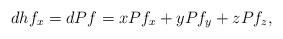
LaTeX: \begin{align*}dhf_x=dPf=xPf_x+yPf_y+zPf_z,\end{align*}